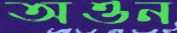
অওন